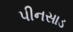
પીનસાડ